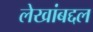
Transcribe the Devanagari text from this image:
लेखांबद्दल